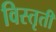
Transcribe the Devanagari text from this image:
विस्तृती